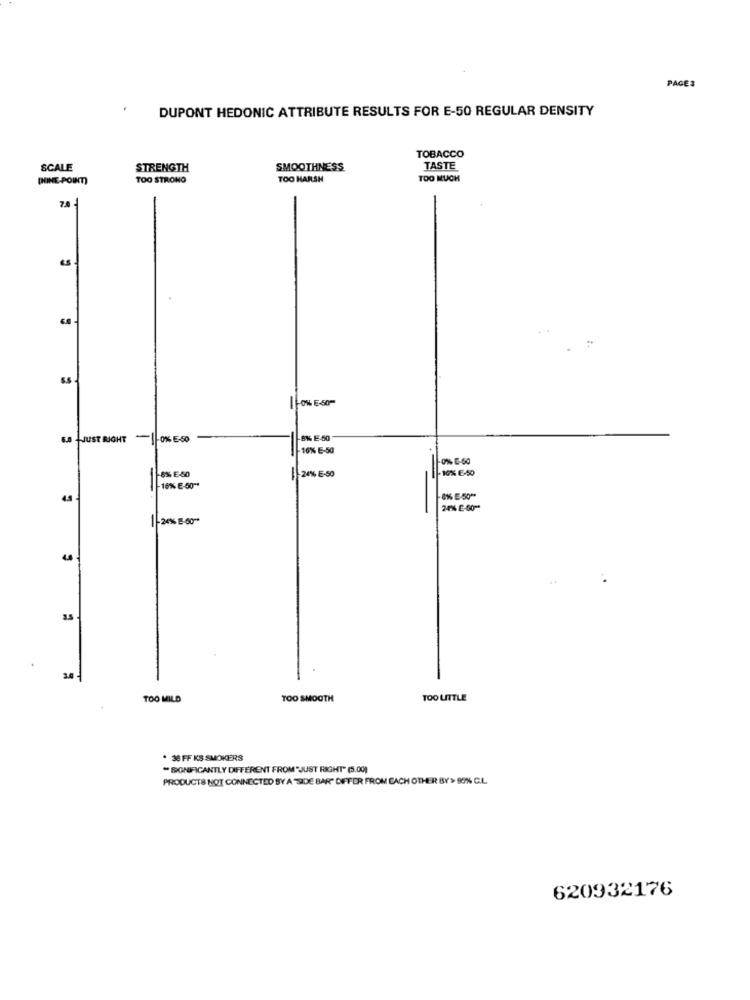
PAGES
DUPONT HEDONIC ATTRIBUTE RESULTS FOR E-50 REGULAR DENSITY
TOBACCO
SCALE
STRENGTH
SMOOTHNESS
TASTE
[HINE POINT)
TOO STRONG
TOO HARSH
TOO MUCH
7.0 -
6.A HJUST RIGHT
-1
-0% E-50
8% E-50
10% E-50
-8% E-80
24% E-50
-10% 6-50
-16% E-50"*
6% E-50"
24% E-60"
1-26% E-60 **
TOO MILD
TOO SMOOTH
TOO LITTLE
* 38 FF KS SMOKERS
" SIGNIFICANTLY DIFFERENT FROM"JUST RIGHT" (5.00)
PRODUCTS NOT CONNECTED BY A "SIDE BAR" DIFFER FROM EACH OTHER BY > 90% C.L.
620932176